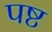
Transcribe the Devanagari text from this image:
पष्ट